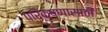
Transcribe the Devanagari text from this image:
परिक्षणासाठी